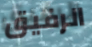
الرفيق